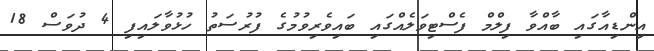
އިންޑިއާގައި ބާއްވާ ފިލްމް ފެސްޓިވަލެއްގައި ބައިވެރިވުމުގެ ފުރުސަތު ހުޅުވާލައިފި 4 ދުވަސް 18